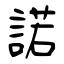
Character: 諾